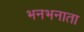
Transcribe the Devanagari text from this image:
भनभनाता